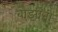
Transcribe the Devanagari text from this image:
बोझीनी